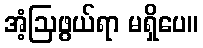
အံ့ဩဖွယ်ရာ မရှိပေ။